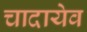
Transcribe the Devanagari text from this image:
चादायेव